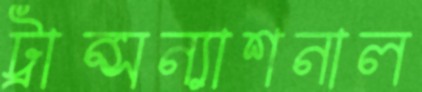
ট্রান্সন্যাশনাল